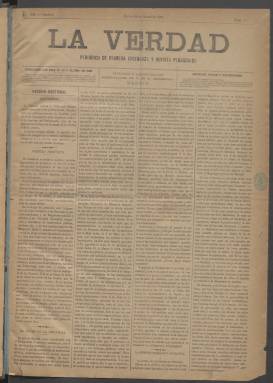
Título: La Verdad (Madrid. 1887)
Colección: Educación
Ámbito geográfico: Madrid
Lugar de publicación: Madrid
Fechas: 20/01/1887-15/10/1891